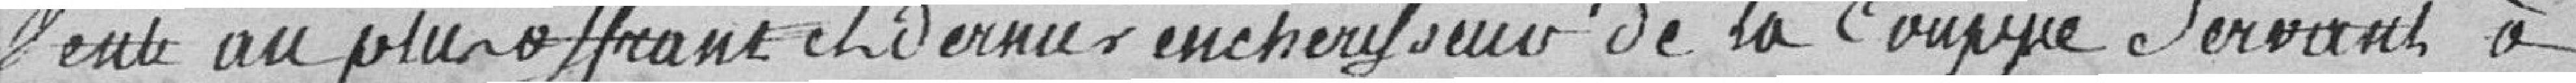
vente au plus offrant          enchérisseur de la coupe Servant à